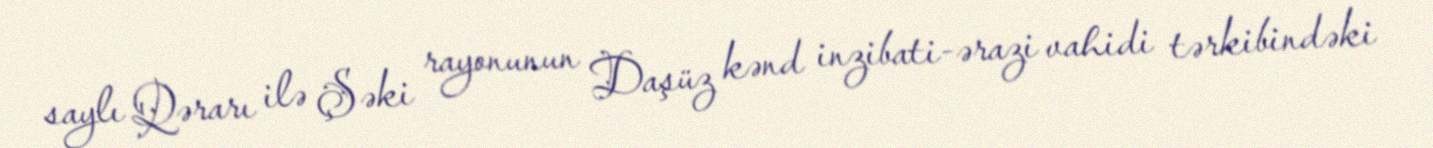
saylı Qərarı ilə Şəki rayonunun Daşüz kənd inzibati-ərazi vahidi tərkibindəki